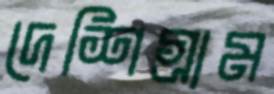
দেশিগ্রাম